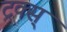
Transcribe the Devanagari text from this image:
ट्रक्स्